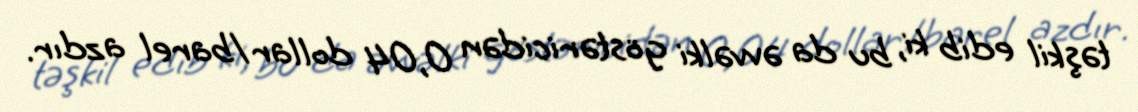
təşkil edib ki, bu da əvvəlki göstəricidən 0,04 dollar/barel azdır.